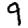
Digit: 9